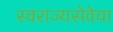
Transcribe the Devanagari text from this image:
स्वराज्यसेवेचा